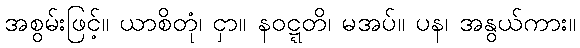
အစွမ်းဖြင့်။ ယာစိတုံ၊ ငှာ။ နဝဋ္ဋတိ၊ မအပ်။ ပန၊ အနွယ်ကား။